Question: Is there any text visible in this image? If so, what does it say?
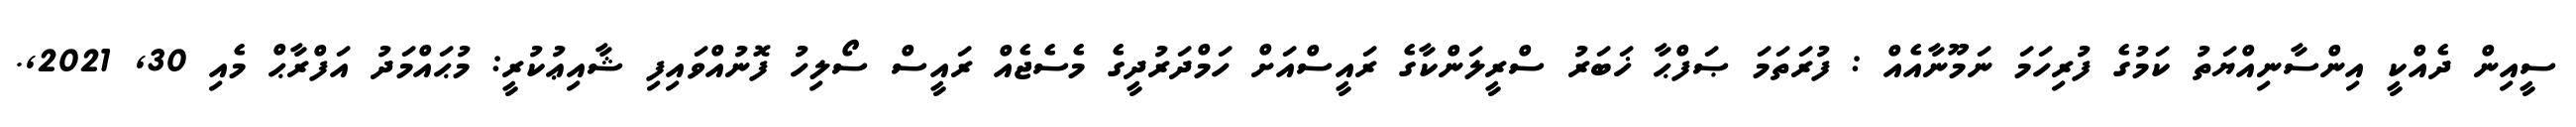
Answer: ސީއިން ދެއްކީ އިންސާނިއްޔަތު ކަމުގެ ފުރިހަމަ ނަމޫނާއެއް : ފުރަތަމަ ޞަފްޙާ ޚަބަރު ސްރީލަންކާގެ ރައީސްއަށް ހަމްދަރުދީގެ މެސެޖެއް ރައީސް ސޯލިހު ފޮނުއްވައިފި ޝާއިޢުކުރީ: މުޙައްމަދު އަފްރާޙް މެއި 30, 2021,.